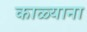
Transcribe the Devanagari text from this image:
काळ्याना